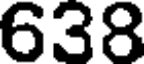
638